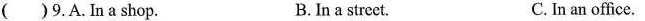
()9.A. In a shop. B. In a street. C. In an office.